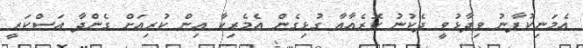
އެމަނިކުފާނު ވިދާޅުވީ ދެކުނު ކޮރެއާއާ ގުޅިގެން އެމެރިކާ އިން ކުރިއަށް ގެންދާ އަސްކަރީ